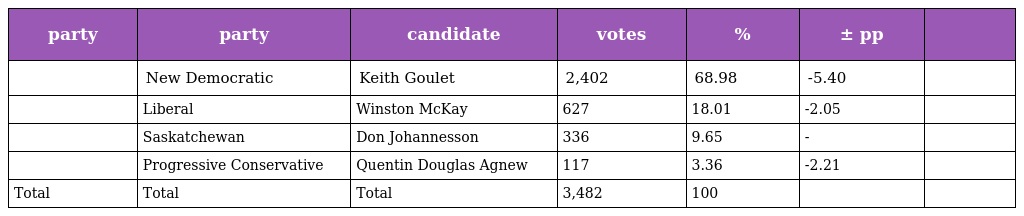
| party | party | candidate | votes | % | ± pp |  |
 | --- | --- | --- | --- | --- | --- | --- |
 |  | New Democratic | Keith Goulet | 2,402 | 68.98 | -5.40 |  |
 |  | Liberal | Winston McKay | 627 | 18.01 | -2.05 |  |
 |  | Saskatchewan | Don Johannesson | 336 | 9.65 | - |  |
 |  | Progressive Conservative | Quentin Douglas Agnew | 117 | 3.36 | -2.21 |  |
 | Total | Total | Total | 3,482 | 100 |  |  |